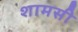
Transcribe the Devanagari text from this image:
शामसी